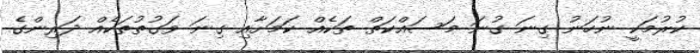
ކުރުމަކީ ނުހަނު ގިނަ ގުނަ މަސައްކަތް ތަކެއް ކަމަށާއި ގިނަ ވަގުތުތަކެއް ދަރިންގެ